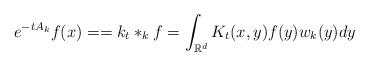
LaTeX: \begin{align*} e^{-tA_k}f(x)==k_t*_kf =\int_{\mathbb{R}^d}K_t(x,y)f(y)w_k(y)dy\end{align*}